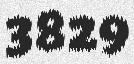
3829